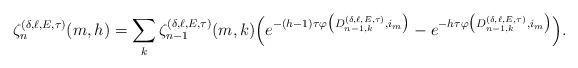
LaTeX: \begin{align*}\zeta^{(\delta,\ell,E,\tau)}_{n}(m,h)= \sum\limits_{k}\zeta^{(\delta,\ell,E,\tau)}_{n-1}(m,k)\Big(e^{-(h-1)\tau\varphi\big(D^{(\delta,\ell,E,\tau)}_{n-1,k},i_m\big)}-e^{-h\tau\varphi\big(D^{(\delta,\ell,E,\tau)}_{n-1,k},i_m\big)}\Big).\end{align*}